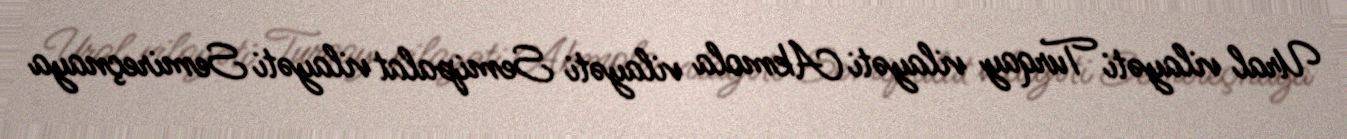
Ural vilayəti Turqay vilayəti Akmola vilayəti Semipalat vilayəti Semireçnaya